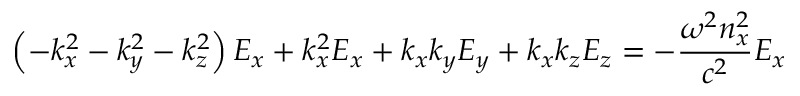
\left( - k _ { x } ^ { 2 } - k _ { y } ^ { 2 } - k _ { z } ^ { 2 } \right) E _ { x } + k _ { x } ^ { 2 } E _ { x } + k _ { x } k _ { y } E _ { y } + k _ { x } k _ { z } E _ { z } = - { \frac { \omega ^ { 2 } n _ { x } ^ { 2 } } { c ^ { 2 } } } E _ { x }